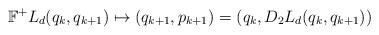
LaTeX: \begin{align*}\mathbb{F}^{+}L_d(q_k,q_{k+1}) \mapsto (q_{k+1},p_{k+1}) = (q_k,D_2L_d(q_k,q_{k+1}))\end{align*}